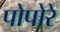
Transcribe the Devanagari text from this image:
पोपोरे